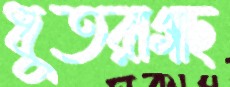
ধুতরাগাছ